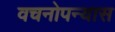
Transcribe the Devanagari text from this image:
वचनोपन्यास